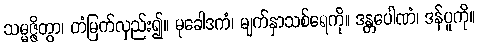
သမ္မဇ္ဇိတွာ၊ တံမြက်လှည်း၍။ မုခေါဒကံ၊ မျက်နှာသစ်ရေကို။ ဒန္တပေါဏံ၊ ဒန်ပူကို။